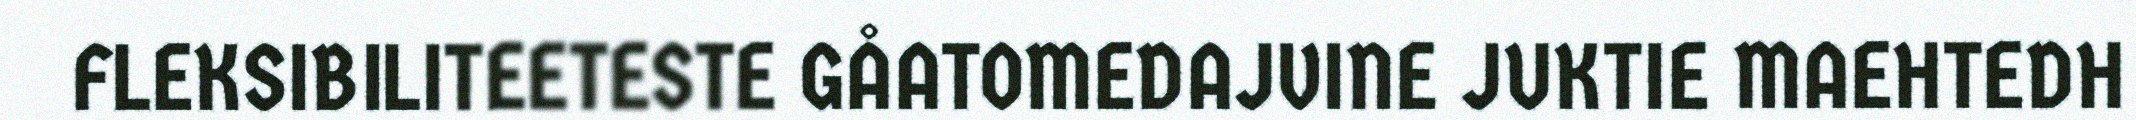
FLEKSIBILITEETESTE GÅATOMEDAJVINE JUKTIE MAEHTEDH